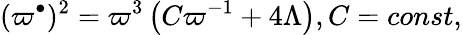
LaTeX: (\varpi^{\bullet})^{2}=\varpi^{3}\left(C\varpi^{-1}+4\Lambda\right),C=const,